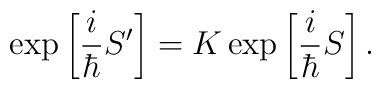
\exp\left[\frac{i}{\hbar}S^\prime\right]= K\exp\left[\frac{i}{\hbar}S\right].